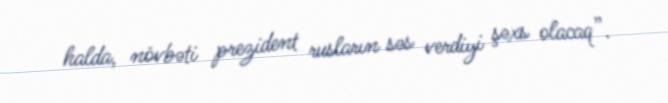
halda, növbəti prezident rusların səs verdiyi şəxs olacaq”.